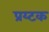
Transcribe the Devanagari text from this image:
प्रय्टक